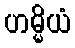
ဟမ္မိယံ